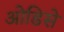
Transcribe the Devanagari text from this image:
ओडिसे